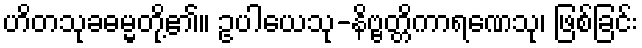
ဟိတသုခဓမ္မတို့၏။ ဥပါယေသု-နိဗ္ဗတ္တိကာရဏေသု၊ ဖြစ်ခြင်း